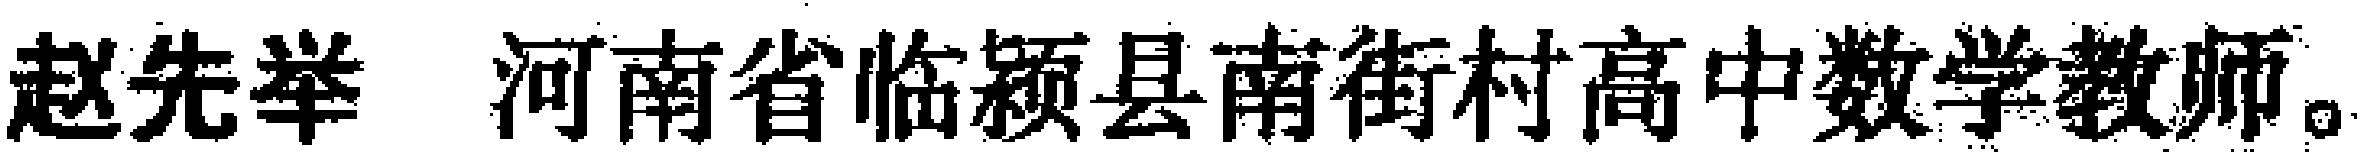
赵先举 河南省临颍县南街村高中数学教师。